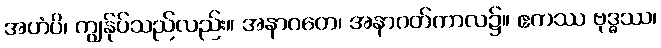
အဟံပိ၊ ကျွန်ုပ်သည်လည်း။ အနာဂတေ၊ အနာဂတ်ကာလ၌။ ဧကဿ ဗုဒ္ဓဿ၊